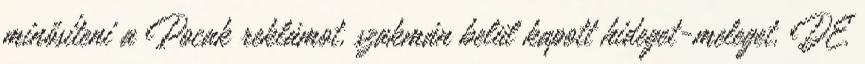
minősíteni a Pocak reklámot, szakmán belül kapott hideget-meleget. DE.